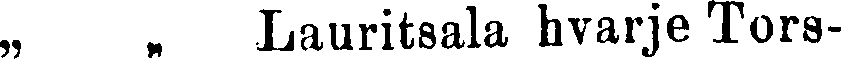
„ „ Lauritsala hvarje Tors-